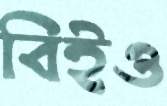
বিইও